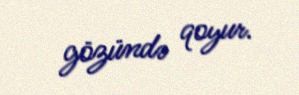
gözündə qoyur.